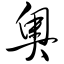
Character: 奥